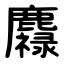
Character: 䴪